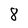
Character: 8